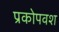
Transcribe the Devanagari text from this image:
प्रकोपवश